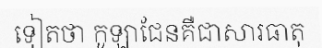
ទៀតថា កូឡាជែនគឺជាសារធាតុ